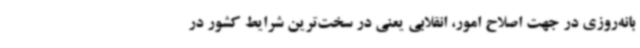
بانه‌روزی در جهت اصلاح امور، انقلابی یعنی در سخت‌ترین شرایط کشور در